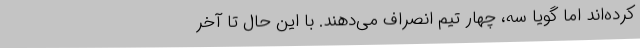
کرده‌اند اما گویا سه، چهار تیم انصراف می‌دهند. با این حال تا آخر